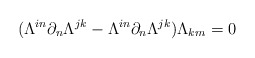
\begin{align*}(\Lambda^{in}\partial_n\Lambda^{jk}-\Lambda^{in}\partial_n\Lambda^{jk})\Lambda_{km}=0\end{align*}